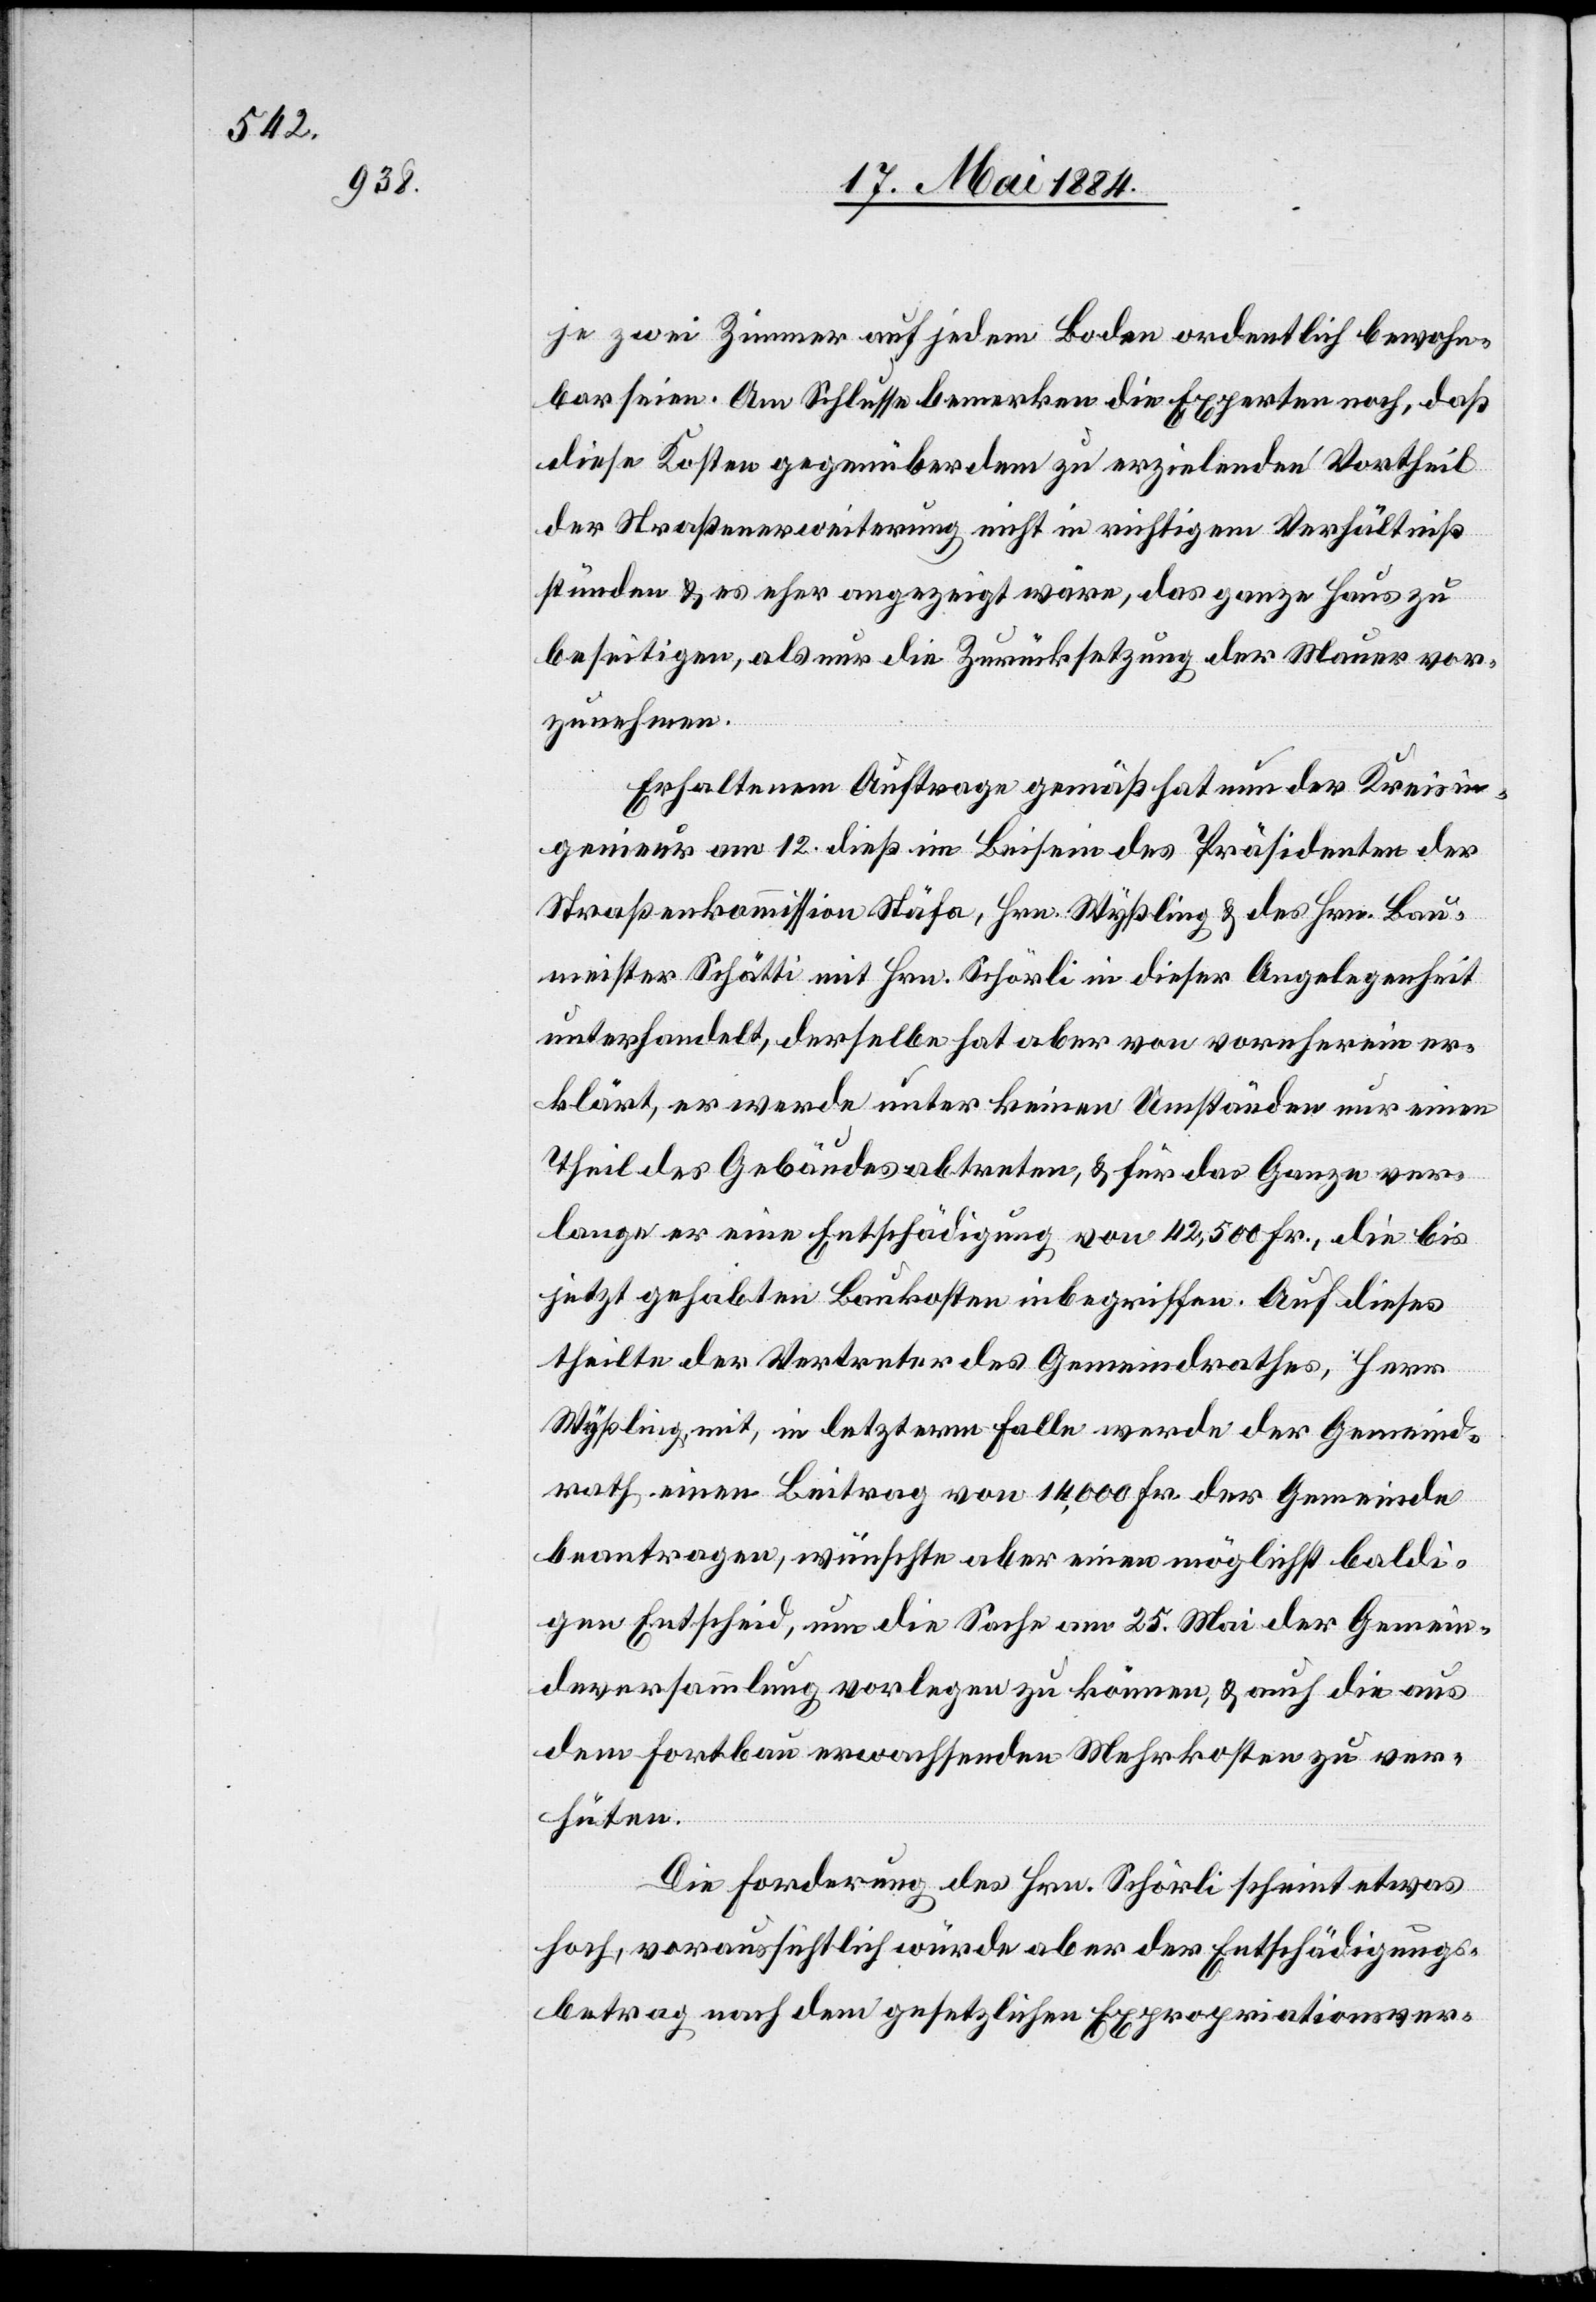
je zwei Zimmer auf jedem Boden ordentlich bewohn¬
bar seien. Am Schlusse bemerken die Experten noch, daß
diese Kosten gegenüber dem zu erzielenden Vortheil
der Straßenerweiterung nicht in richtigem Verhältniß
stünden & es eher angezeigt wäre, das ganze Haus zu
beseitigen, als nur die Zurücksetzung der Mauer vor¬
zunehmen.
Erhaltenem Auftrage gemäß hat nun der Kreisin¬
genieur am 12. dieß im Beisein des Präsidenten der
Straßenkommission Stäfa, Hrn. Wyßling & des Hrn. Bau¬
meister Schätti mit Hrn. Schörli in dieser Angelegenheit
unterhandelt, derselbe hat aber von vornherein er¬
klärt, er werde unter keinen Umständen nur einen
Theil des Gebäudes abtreten, & für das Ganze ver¬
lange er eine Entschädigung von 42,500 Fr., die bis
jetzt gehabten Baukosten inbegriffen. Auf dieses
theilte der Vertreter des Gemeindrathes, Herr
Wyßling, mit, in letzterm Falle werde der Gemeind¬
rath einen Beitrag von 14,000 Fr. der Gemeinde
beantragen, wünschte aber einen möglichst baldi¬
gen Entscheid, um die Sachen am 25. Mai der Gemein¬
deversammlung vorlegen zu können, & auf die aus
dem Fortbau erwachsenden Mehrkosten zu ver¬
hüten.
Die Forderung des Hrn. Schörli scheint etwas
hoch, voraussichtlich würde aber der Entschädigungs¬
betrag nach dem gesetzlichen Expropriationsver-